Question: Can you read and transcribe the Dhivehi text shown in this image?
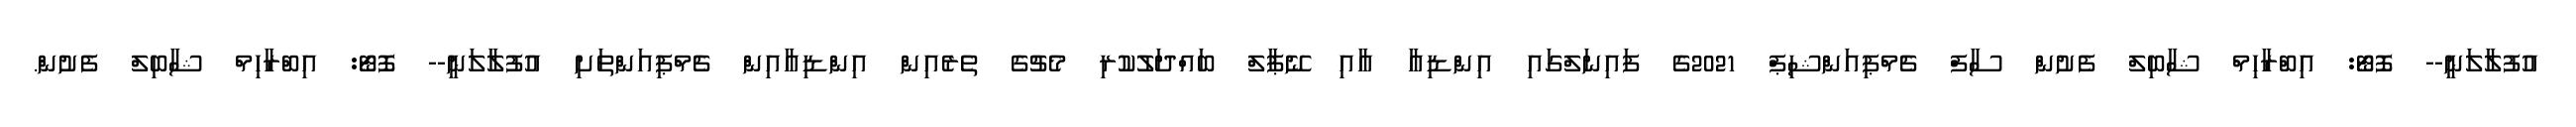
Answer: އުފުލާލަނީ-- ފޮޓޯ: އިބްރާހިމް ޝާބިލް ފެށުން ސާފް ޗެމްޕިއަންޝިޕް 2021ގެ ފައިނަލްގައި އިންޑިއާ އާއި ނޭޕާލް ބައްދަލުކުރި މެޗުގެ ތެރެއިން އިންޑިއާއިން ޗެމްޕިއަންތަށި އުފުލާލަނީ-- ފޮޓޯ: އިބްރާހިމް ޝާބިލް ފެށުން.